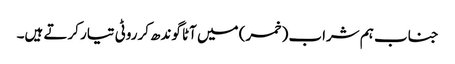
جناب ہم شراب (خمر) میں آٹا گوندھ کرروٹی تیار کرتے ہیں۔